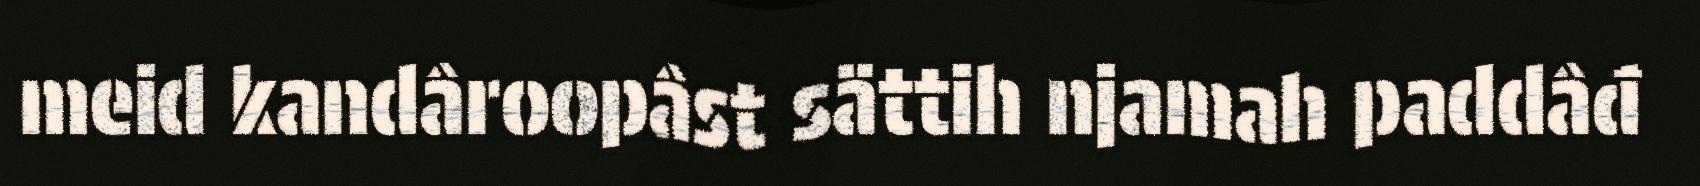
meid kandâroopâst sättih njamah paddâđ